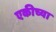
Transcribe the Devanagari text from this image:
एकीच्या